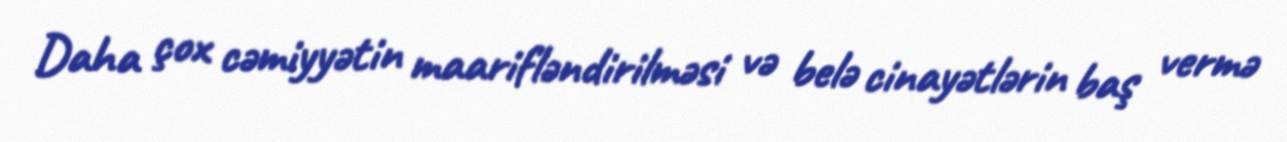
Daha çox cəmiyyətin maarifləndirilməsi və belə cinayətlərin baş vermə